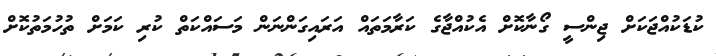
ކުޑަކުއްޖަކަށް ޖިންސީ ގޯނާކޮށް އެކުއްޖާގެ ކަރާމަތައް އަރައިގަންނަން މަސައްކަތް ކުރި ކަމަށް ތުހުމަތުކޮށް